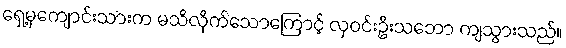
ရှေ့မှကျောင်းသားက မသိလိုက်သောကြောင့် လှဝင်းဦးသဘော ကျသွားသည်။